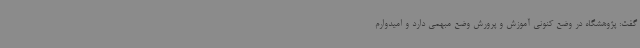
گفت: پژوهشگاه در وضع کنونی آموزش و پرورش وضع مبهمی دارد و امیدوارم